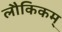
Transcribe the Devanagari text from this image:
लौकिकम्